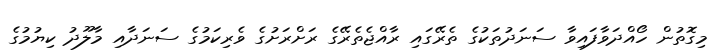
މިގޮތުން ހޯއްދަވާފައިވާ ސަނަދުތަކުގެ ތެރޭގައި ރާއްޖެތެރޭގެ ރަށްރަށުގެ ވެރިކަމުގެ ސަނަދާއި މާލޫދު ކިޔުމުގެ